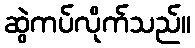
ဆွဲကပ်လိုက်သည်။